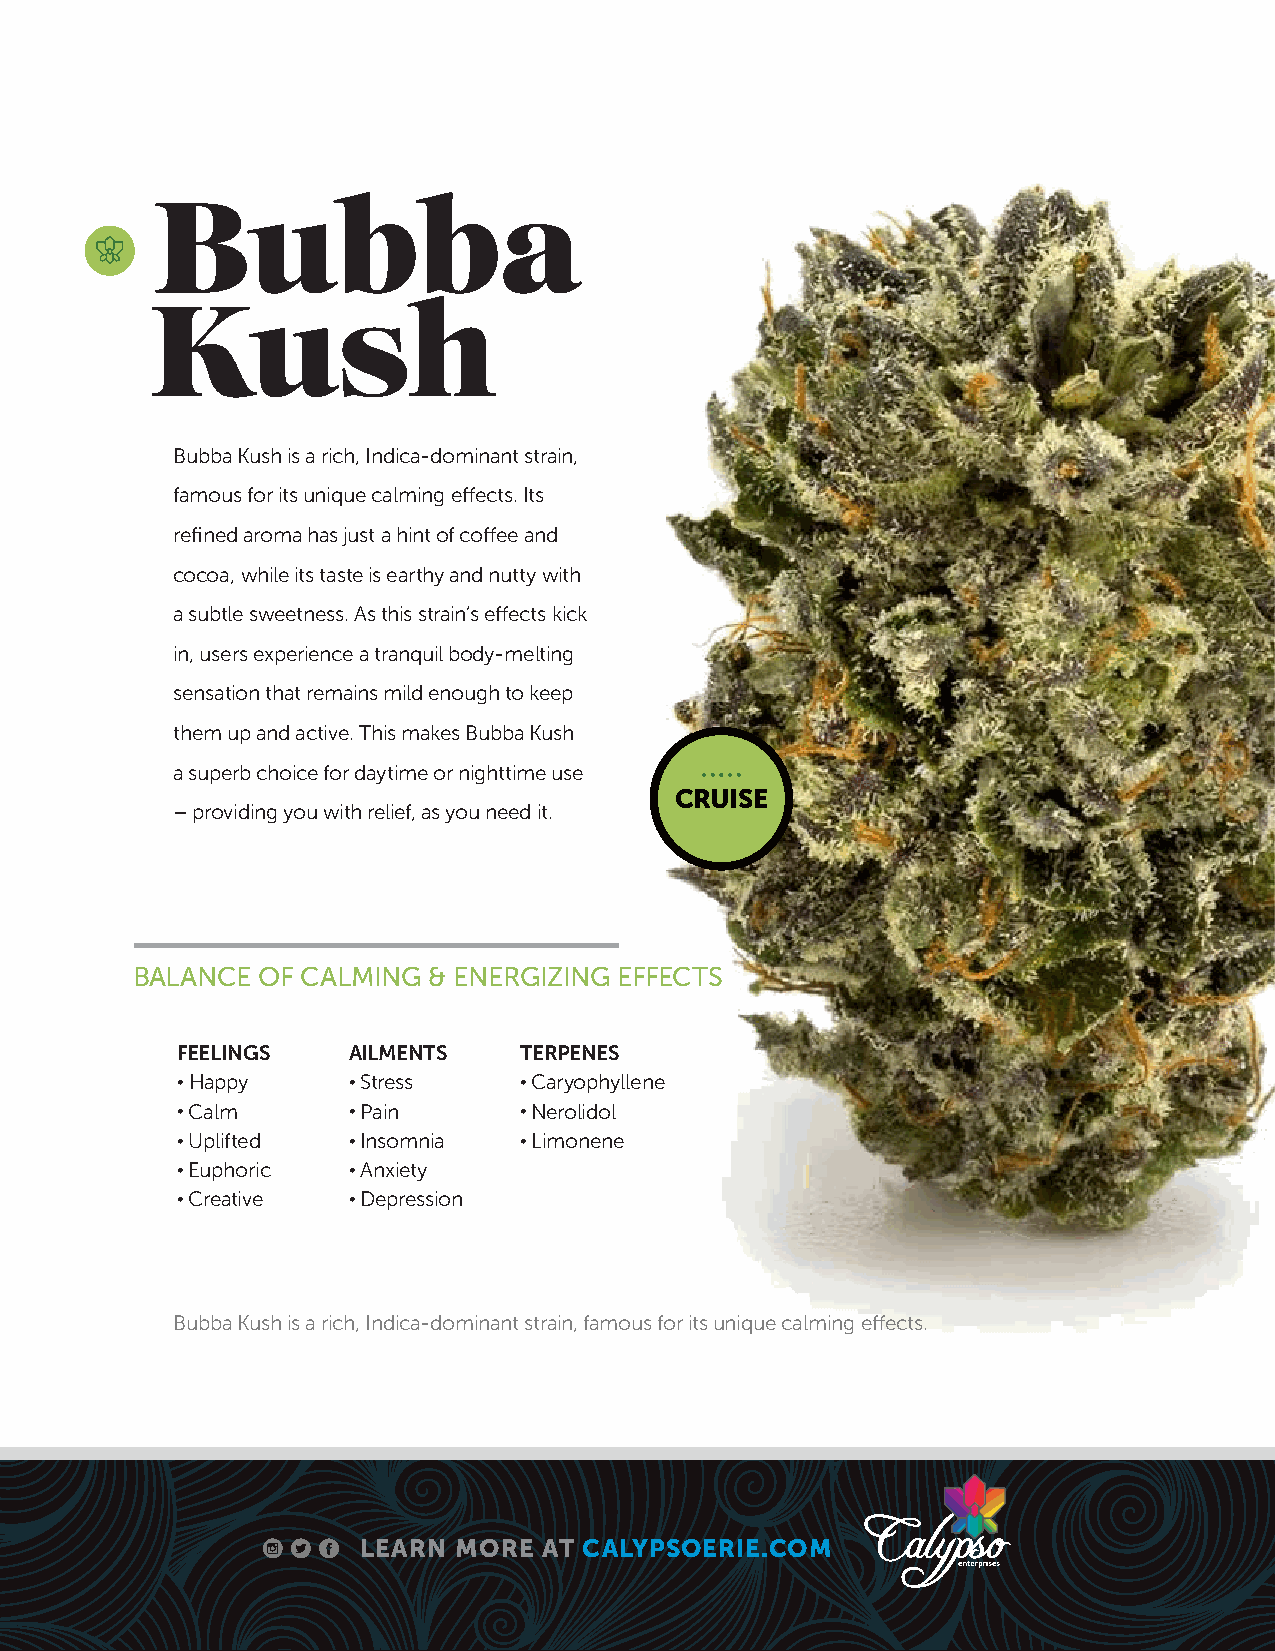
Bubba
 Kush
 Bubba Kush is a rich, Indica-dominant strain,
 famous for its unique calming effects. Its
 refined aroma has just a hint of coffee and
 cocoa, while its taste is earthy and nutty with
 a subtle sweetness. As this strain’s effects kick
 in, users experience a tranquil body-melting
 sensation that remains mild enough to keep
 them up and active. This makes Bubba Kush
 a superb choice for daytime or nighttime use
 CRUISE
 – providing you with relief, as you need it.
 BALANCE OF CALMING & ENERGIZING EFFECTS
 FEELINGS   AILMENTS   TERPENES
 • Happy    • Stress   • Caryophyllene
 • Calm     • Pain     • Nerolidol
 • Uplifted • Insomnia • Limonene
 • Euphoric • Anxiety
 • Creative • Depression
 Bubba Kush is a rich, Indica-dominant strain, famous for its unique calming effects.
 LEARN MORE  AT CALYPSOERIE.COM